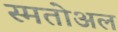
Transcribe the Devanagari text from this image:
स्मतोअल